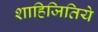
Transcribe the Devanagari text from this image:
शाहिजितिये